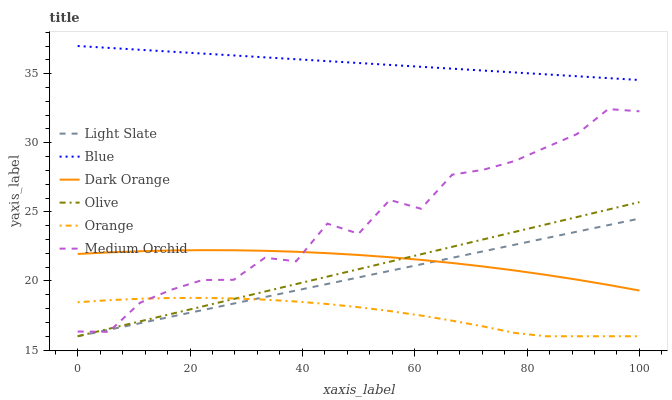
| xaxis_label | Light Slate | Blue | Dark Orange | Olive | Orange | Medium Orchid |
 | --- | --- | --- | --- | --- | --- | --- |
 | 0 | 16 | 37 | 22 | 16 | 18.5 | 16.3 |
 | 5.56 | 16.5 | 36.9 | 22.1 | 16.5 | 18.6 | 16.3 |
 | 11.1 | 16.9 | 36.7 | 22.2 | 17.1 | 18.7 | 18.4 |
 | 16.7 | 17.4 | 36.6 | 22.2 | 17.6 | 18.8 | 19.4 |
 | 22.2 | 17.9 | 36.5 | 22.2 | 18.2 | 18.8 | 20.1 |
 | 27.8 | 18.4 | 36.3 | 22.2 | 18.7 | 18.7 | 20.1 |
 | 33.3 | 18.8 | 36.2 | 22.2 | 19.2 | 18.6 | 21.7 |
 | 38.9 | 19.3 | 36 | 22.1 | 19.8 | 18.5 | 21.4 |
 | 44.4 | 19.8 | 35.9 | 22 | 20.3 | 18.3 | 24.1 |
 | 50 | 20.3 | 35.8 | 21.9 | 20.9 | 18.1 | 23.4 |
 | 55.6 | 20.7 | 35.6 | 21.7 | 21.4 | 17.8 | 25.9 |
 | 61.1 | 21.2 | 35.5 | 21.5 | 21.9 | 17.5 | 25.2 |
 | 66.7 | 21.7 | 35.4 | 21.3 | 22.5 | 17.1 | 27.7 |
 | 72.2 | 22.1 | 35.2 | 21 | 23 | 16.7 | 28 |
 | 77.8 | 22.6 | 35.1 | 20.8 | 23.5 | 16.2 | 28.7 |
 | 83.3 | 23.1 | 34.9 | 20.4 | 24.1 | 16 | 29.7 |
 | 88.9 | 23.6 | 34.8 | 20.1 | 24.6 | 16 | 30.6 |
 | 94.4 | 24 | 34.7 | 19.7 | 25.2 | 16 | 32.4 |
 | 100 | 24.5 | 34.5 | 19.3 | 25.7 | 16 | 32.3 |